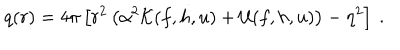
q ( r ) = 4 \pi \left[ r ^ { 2 } \left( \alpha ^ { 2 } { \cal K } ( f , h , u ) + { \cal U } ( f , h , u ) \right) - \eta ^ { 2 } \right] \ .